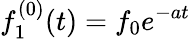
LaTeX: f_{1}^{(0)}(t)=f_{0}e^{-at}